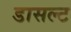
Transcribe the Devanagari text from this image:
डासल्ट